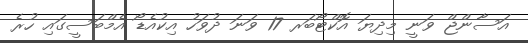
އަސާންޖް ވަނީ މިދިޔަ އޮކްޓޯބަރ 17 ވަނަ ދުވަހު އިކުއެޑޯ އެމްބަސީގައި ހުރެ